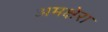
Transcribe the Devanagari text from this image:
अमक्षेरा